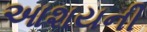
આશયની